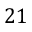
2 1